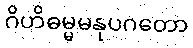
ဂိဟိဓမ္မမနုပဂတော